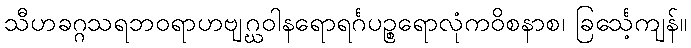
သီဟခဂ္ဂသရဘဝရာဟဗျဂ္ဃဝါနရောရင်္ဂပဉ္စရောလုံကဝိစနာစ၊ ခြင်္သေ့ကျန်။